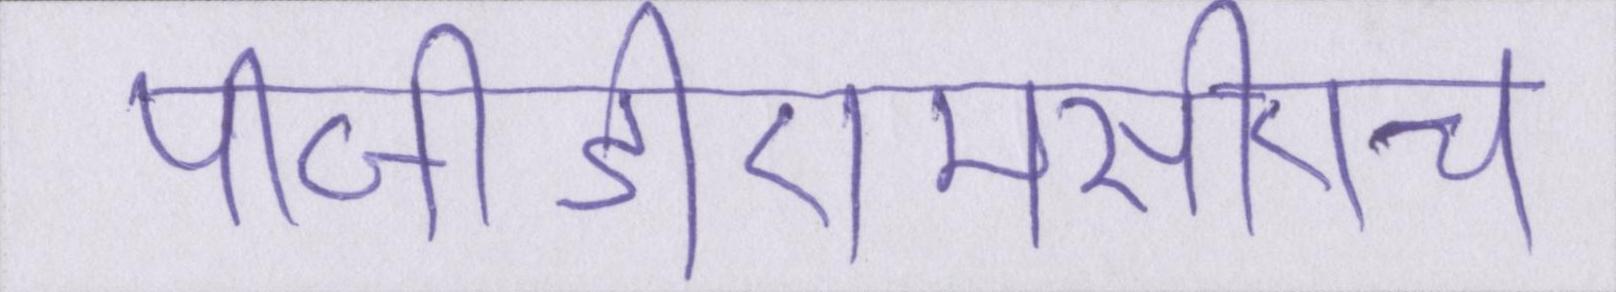
पीजीडीएमसीएच